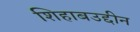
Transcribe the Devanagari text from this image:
शिहाबउद्दीन